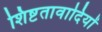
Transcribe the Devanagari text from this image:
शिष्टतावादियों